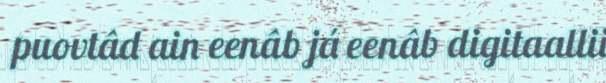
puovtâd ain eenâb já eenâb digitaallii